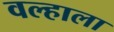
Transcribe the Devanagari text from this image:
वल्हाला